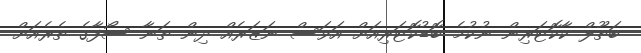
ބަތޫލް ކާކޮޓަރިން ނުކުމެ ބޮޑުކޮޓަރިއަށް އަވަސް ނަޒަރެއް ދިން ތަނާ ސޯފާގެ ތެރެއަށް